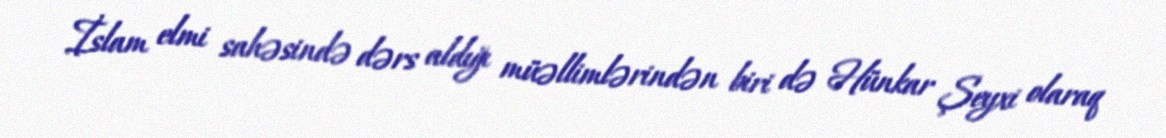
İslam elmi sahəsində dərs aldığı müəllimlərindən biri də Hünkar Şeyxi olaraq